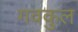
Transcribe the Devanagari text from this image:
गवकुल